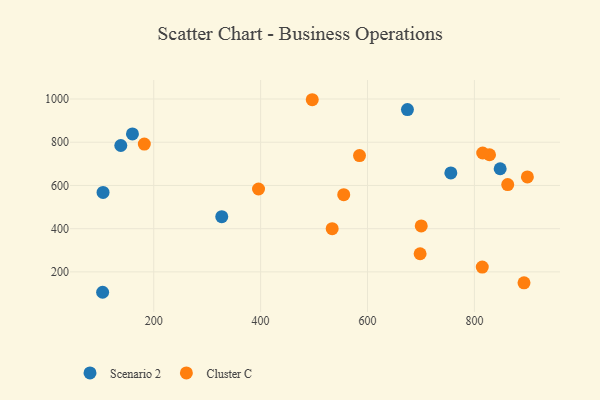
{"axis": {"x": "Price", "y": "Rating"}, "legend": ["Cluster C", "Scenario 2"], "data": [{"x": "160.2", "y": 838.5, "type": "Scenario 2"}, {"x": "848.2", "y": 677.4, "type": "Scenario 2"}, {"x": "327.3", "y": 455.3, "type": "Scenario 2"}, {"x": "755.9", "y": 658.1, "type": "Scenario 2"}, {"x": "105.2", "y": 567.9, "type": "Scenario 2"}, {"x": "674.7", "y": 951.1, "type": "Scenario 2"}, {"x": "138.4", "y": 785.0, "type": "Scenario 2"}, {"x": "104.4", "y": 105.6, "type": "Scenario 2"}, {"x": "899.1", "y": 639.4, "type": "Cluster C"}, {"x": "585.0", "y": 738.2, "type": "Cluster C"}, {"x": "862.3", "y": 604.2, "type": "Cluster C"}, {"x": "828.3", "y": 742.1, "type": "Cluster C"}, {"x": "700.5", "y": 412.8, "type": "Cluster C"}, {"x": "396.1", "y": 583.5, "type": "Cluster C"}, {"x": "555.5", "y": 557.2, "type": "Cluster C"}, {"x": "698.4", "y": 283.9, "type": "Cluster C"}, {"x": "815.5", "y": 750.2, "type": "Cluster C"}, {"x": "182.4", "y": 791.5, "type": "Cluster C"}, {"x": "892.8", "y": 149.2, "type": "Cluster C"}, {"x": "533.9", "y": 400.0, "type": "Cluster C"}, {"x": "814.7", "y": 222.1, "type": "Cluster C"}, {"x": "496.6", "y": 996.8, "type": "Cluster C"}]}